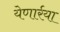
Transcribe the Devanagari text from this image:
येणार्रया